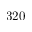
3 2 0